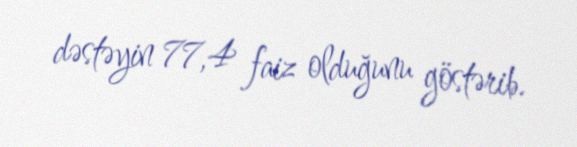
dəstəyin 77,4 faiz olduğunu göstərib.